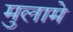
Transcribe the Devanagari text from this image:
मुलामे